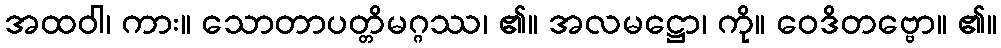
အထဝါ၊ ကား။ သောတာပတ္တိမဂ္ဂဿ၊ ၏။ အလမဋ္ဌော၊ ကို။ ဝေဒိတဗ္ဗော။ ၏။